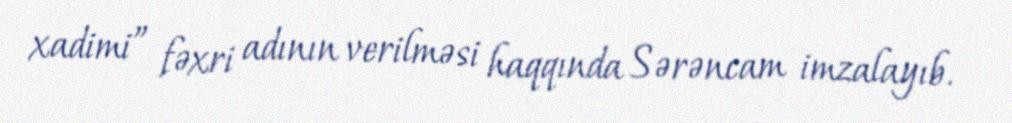
xadimi” fəxri adının verilməsi haqqında Sərəncam imzalayıb.